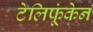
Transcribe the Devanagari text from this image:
टेलिफूंकेन